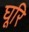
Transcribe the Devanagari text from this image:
घूरि